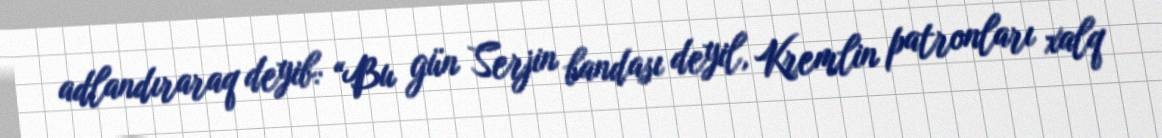
adlandıraraq deyib: “Bu gün Serjin bandası deyil, Kremlin patronları xalq